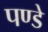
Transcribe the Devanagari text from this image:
पण्डे